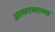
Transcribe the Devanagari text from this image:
आयएमएच्या